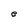
Character: e